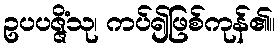
ဥပပဇ္ဇိံသု၊ ကပ်၍ဖြစ်ကုန်၏။